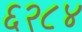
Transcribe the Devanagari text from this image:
६२८४